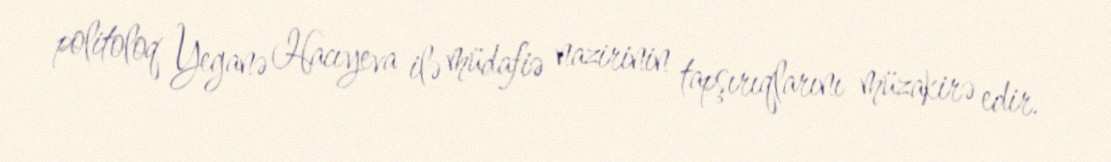
politoloq Yeganə Hacıyeva ilə müdafiə nazirinin tapşırıqlarını müzakirə edir.